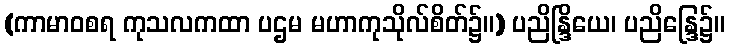
(ကာမာဝစရ ကုသလကထာ ပဌမ မဟာကုသိုလ်စိတ်၌။) ပညိန္ဒြိယေ၊ ပညိန္ဒြေ၌။